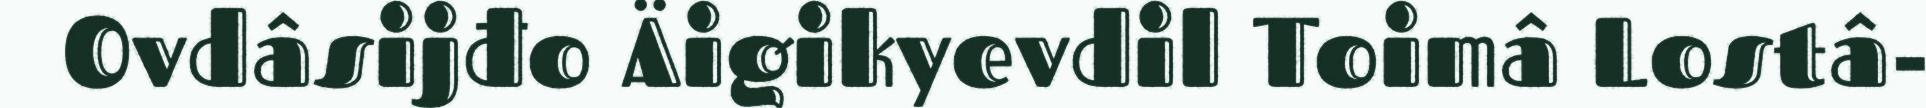
Ovdâsijđo Äigikyevdil Toimâ Lostâ-